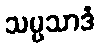
သမ္ပသာဒံ